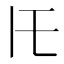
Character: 𪜈